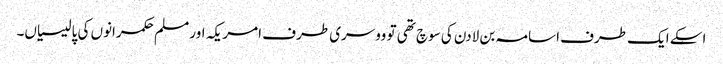
اسکے ایک طرف اسامہ بن لادن کی سوچ تھی تو ووسری طرف امریکہ اور مسلم حکمرانوں کی پالیسیاں۔